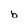
Character: b